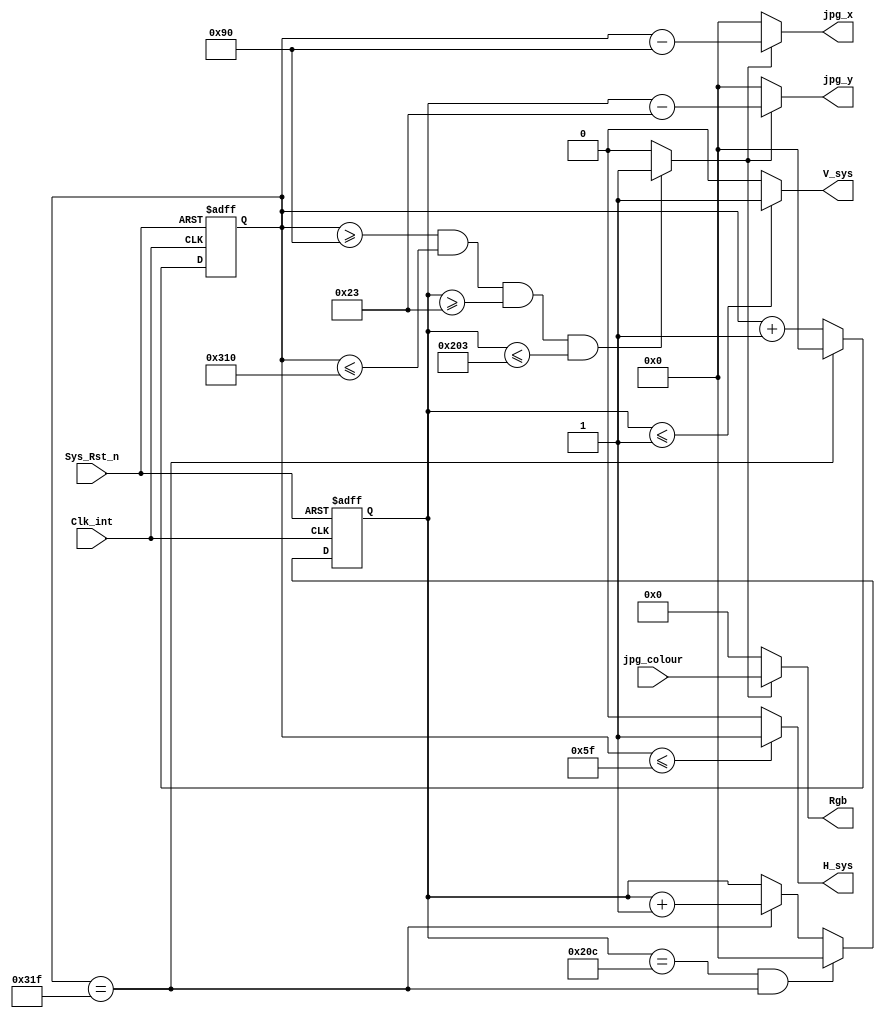
// VGA_Ctrlmodule
//2023-10-31
//VGA

module VGA_Ctrl(
input	wire			Clk_int		,
input	wire			Sys_Rst_n	,
input	wire	[15:0]	jpg_colour	,

output	wire	[15:0]	Rgb			,//
output	wire			H_sys		,//
output	wire			V_sys		,//
output	wire	[9:0]	jpg_x		,//x640,10
output	wire	[9:0]	jpg_y		 //x480,x10
);
reg		[9:0]	cnt_h;			// 800
reg		[9:0]	cnt_v;			// 525
wire				Rgb_valid;		//

parameter	H_SYNC	= 10'd96  ,
			H_BACK	= 10'd40  ,
			H_LEFT	= 10'd8   ,
			H_VALID	= 10'd640 ,
			H_RIGHT	= 10'd8   ,
			H_FRONT	= 10'd8   ,
			H_TOTAL	= 10'd800 ;
							  
parameter	V_SYNC	= 10'd2   ,
			V_BACK	= 10'd25  ,
			V_TOP	= 10'd8   ,
			V_VALD	= 10'd480 ,
			V_BOTTOM= 10'd8   ,
			V_FRONT	= 10'd2   ,
			V_TOTAL	= 10'd525 ;
							  
//always

always@ (posedge Clk_int or negedge Sys_Rst_n)begin
	if(Sys_Rst_n==1'b0)		begin
		cnt_h	<=	10'b0;		end
	else if(cnt_h == H_TOTAL - 1)	begin
		cnt_h	<= 	10'b0;		end
	else 
		cnt_h	<=	cnt_h + 1'b1;
		
end

always@ (posedge Clk_int or negedge Sys_Rst_n)begin
	if(Sys_Rst_n==1'b0)		begin
		cnt_v	<=	10'b0;		end
	else if((cnt_v == V_TOTAL - 1)&&(cnt_h == H_TOTAL - 1))	begin
		cnt_v	<= 	10'b0;		end
	else if(cnt_h == H_TOTAL - 1) 	begin
		cnt_v	<=	cnt_v + 1'b1;	end
	else 
		cnt_v	<=	cnt_v ;	
end


// --  - 
//XY
//
assign	Rgb_valid = ((  cnt_h >= H_SYNC + H_BACK + H_LEFT )
					&&( cnt_h <= H_SYNC + H_BACK + H_LEFT +H_VALID )
					&&( cnt_v >= V_SYNC + V_BACK + V_TOP )
					&&( cnt_v <= V_SYNC + V_BACK + V_VALD + V_TOP ))
					?1'b1:1'b0;
					
//
assign	jpg_x = (Rgb_valid == 1'b1 ) ?cnt_h - (H_SYNC+H_BACK+H_LEFT):10'b0  ;

assign	jpg_y = (Rgb_valid == 1'b1 ) ?cnt_v - (V_SYNC+V_BACK+V_TOP):10'b0  ;

//     H_SYNC-1V_SYNC-1
//  
assign	H_sys = ( cnt_h <= H_SYNC - 1'b1) ? 1'b1 :1'b0 ;
assign	V_sys = ( cnt_v <= V_SYNC - 1'b1) ? 1'b1 :1'b0 ;


//
assign	Rgb = ( Rgb_valid == 1'b1) ? jpg_colour :16'h0000 ;

endmodule